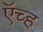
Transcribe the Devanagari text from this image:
ऍच्ह